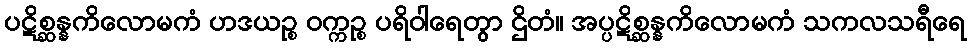
ပဋိစ္ဆန္နကိလောမကံ ဟဒယဉ္စ ဝက္ကဉ္စ ပရိဝါရေတွာ ဌိတံ။ အပ္ပဋိစ္ဆန္နကိလောမကံ သကလသရီရေ